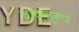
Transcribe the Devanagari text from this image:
वादानुरूप